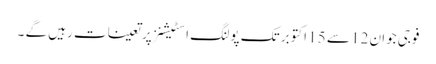
فوجی جوان 12 سے 15 اکتوبر تک پولنگ اسٹیشنز پر تعینات رہیں گے ۔